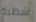
شظية